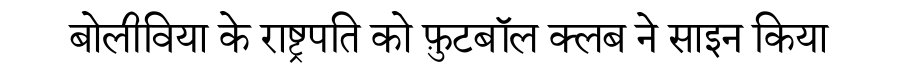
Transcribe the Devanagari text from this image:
बोलीविया के राष्ट्रपति को फ़ुटबॉल क्लब ने साइन किया